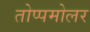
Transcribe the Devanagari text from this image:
तोप्पमोलर